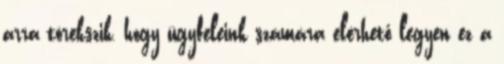
arra törekszik, hogy ügyfeleink számára elérhető legyen ez a